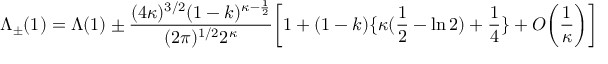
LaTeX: \Lambda _ { \pm } ( 1 ) = \Lambda ( 1 ) \pm \frac { ( 4 \kappa ) ^ { 3 / 2 } ( 1 - k ) ^ { \kappa - \frac { 1 } { 2 } } } { ( 2 \pi ) ^ { 1 / 2 } 2 ^ { \kappa } } \bigg [ 1 + ( 1 - k ) \{ \kappa ( \frac { 1 } { 2 } - \ln 2 ) + \frac { 1 } { 4 } \} + O \bigg ( \frac { 1 } { \kappa } \bigg ) \bigg ]